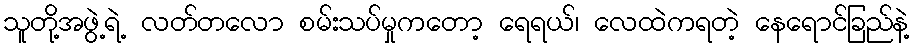
သူတို့အဖွဲ့ရဲ့ လတ်တလော စမ်းသပ်မှုကတော့ ရေရယ်၊ လေထဲကရတဲ့ နေရောင်ခြည်နဲ့